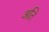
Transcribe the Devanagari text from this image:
अति